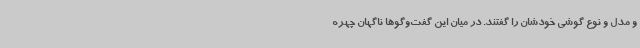
و مدل و نوع گوشی خودشان را گفتند. در میان این گفت‌وگوها ناگهان چهره